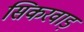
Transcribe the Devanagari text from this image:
सिकरवाड़